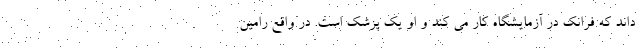
داند که فرانک در آزمایشگاه کار می کند و او یک پزشک است. در واقع رامین